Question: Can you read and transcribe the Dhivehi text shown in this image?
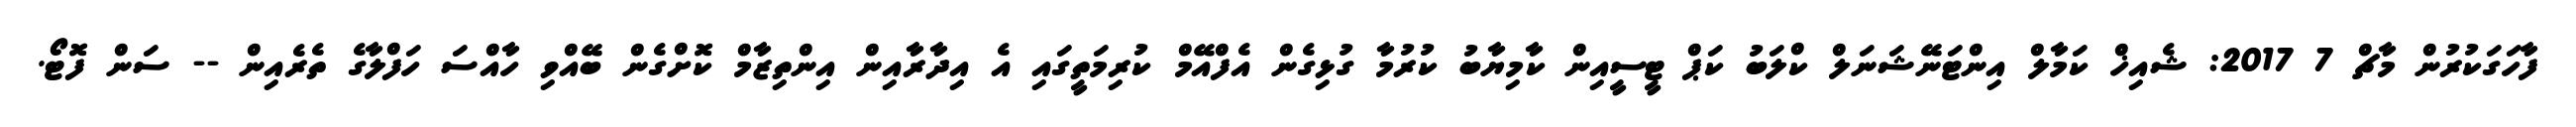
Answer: ފާހަގަކުރުން މާޗް 7 2017: ޝެއިޚް ކަމާލް އިންޓަނޭޝަނަލް ކްލަބު ކަޕް ޓީސީއިން ކާމިޔާބު ކުރުމާ ގުޅިގެން އެފްއޭމް ކުރިމަތީގައި އެ އިދާރާއިން އިންތިޒާމް ކޮށްގެން ބޭއްވި ހާއްސަ ހަފްލާގެ ތެރެއިން -- ސަން ފޮޓޯ.